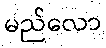
မည်လော